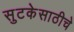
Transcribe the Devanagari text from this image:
सुटकेसाठीचे